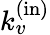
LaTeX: k_{v}^{\mathrm{(in)}}